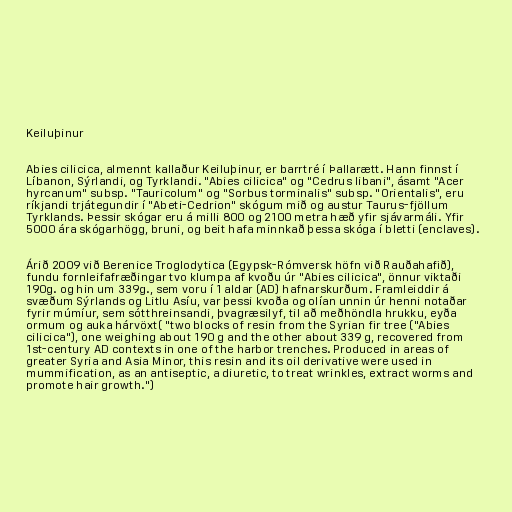
Keiluþinur

Abies cilicica, almennt kallaður Keiluþinur, er barrtré í Þallarætt. Hann finnst í
Líbanon, Sýrlandi, og Tyrklandi. "Abies cilicica" og "Cedrus libani", ásamt "Acer
hyrcanum" subsp. "Tauricolum" og "Sorbus torminalis" subsp. "Orientalis", eru
ríkjandi trjátegundir í "Abeti-Cedrion" skógum mið og austur Taurus-fjöllum
Tyrklands. Þessir skógar eru á milli 800 og 2100 metra hæð yfir sjávarmáli. Yfir
5000 ára skógarhögg, bruni, og beit hafa minnkað þessa skóga í bletti (enclaves).

Árið 2009 við Berenice Troglodytica (Egypsk-Rómversk höfn við Rauðahafið),
fundu fornleifafræðingar tvo klumpa af kvoðu úr "Abies cilicica", önnur viktaði
190g. og hin um 339g., sem voru í 1 aldar (AD) hafnarskurðum. Framleiddir á
svæðum Sýrlands og Litlu Asíu, var þessi kvoða og olían unnin úr henni notaðar
fyrir múmíur, sem sótthreinsandi, þvagræsilyf, til að meðhöndla hrukku, eyða
ormum og auka hárvöxt( "two blocks of resin from the Syrian fir tree ("Abies
cilicica"), one weighing about 190 g and the other about 339 g, recovered from
1st-century AD contexts in one of the harbor trenches. Produced in areas of
greater Syria and Asia Minor, this resin and its oil derivative were used in
mummification, as an antiseptic, a diuretic, to treat wrinkles, extract worms and
promote hair growth.")